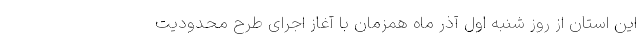
این استان از روز شنبه اول آذر ماه همزمان با آغاز اجرای طرح محدودیت